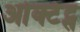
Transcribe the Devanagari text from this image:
ओक्टेट्स